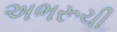
અભરૂચી